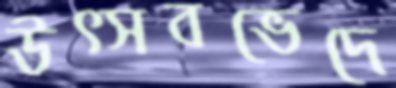
উত্সবভেদে